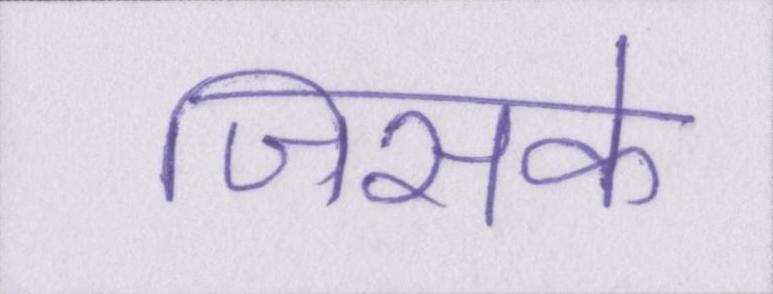
जिसके